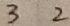
3 2